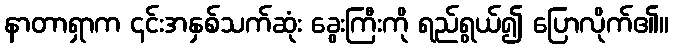
နာတာရှာက ၎င်းအနှစ်သက်ဆုံး ခွေးကြီးကို ရည်ရွယ်၍ ပြောလိုက်၏။